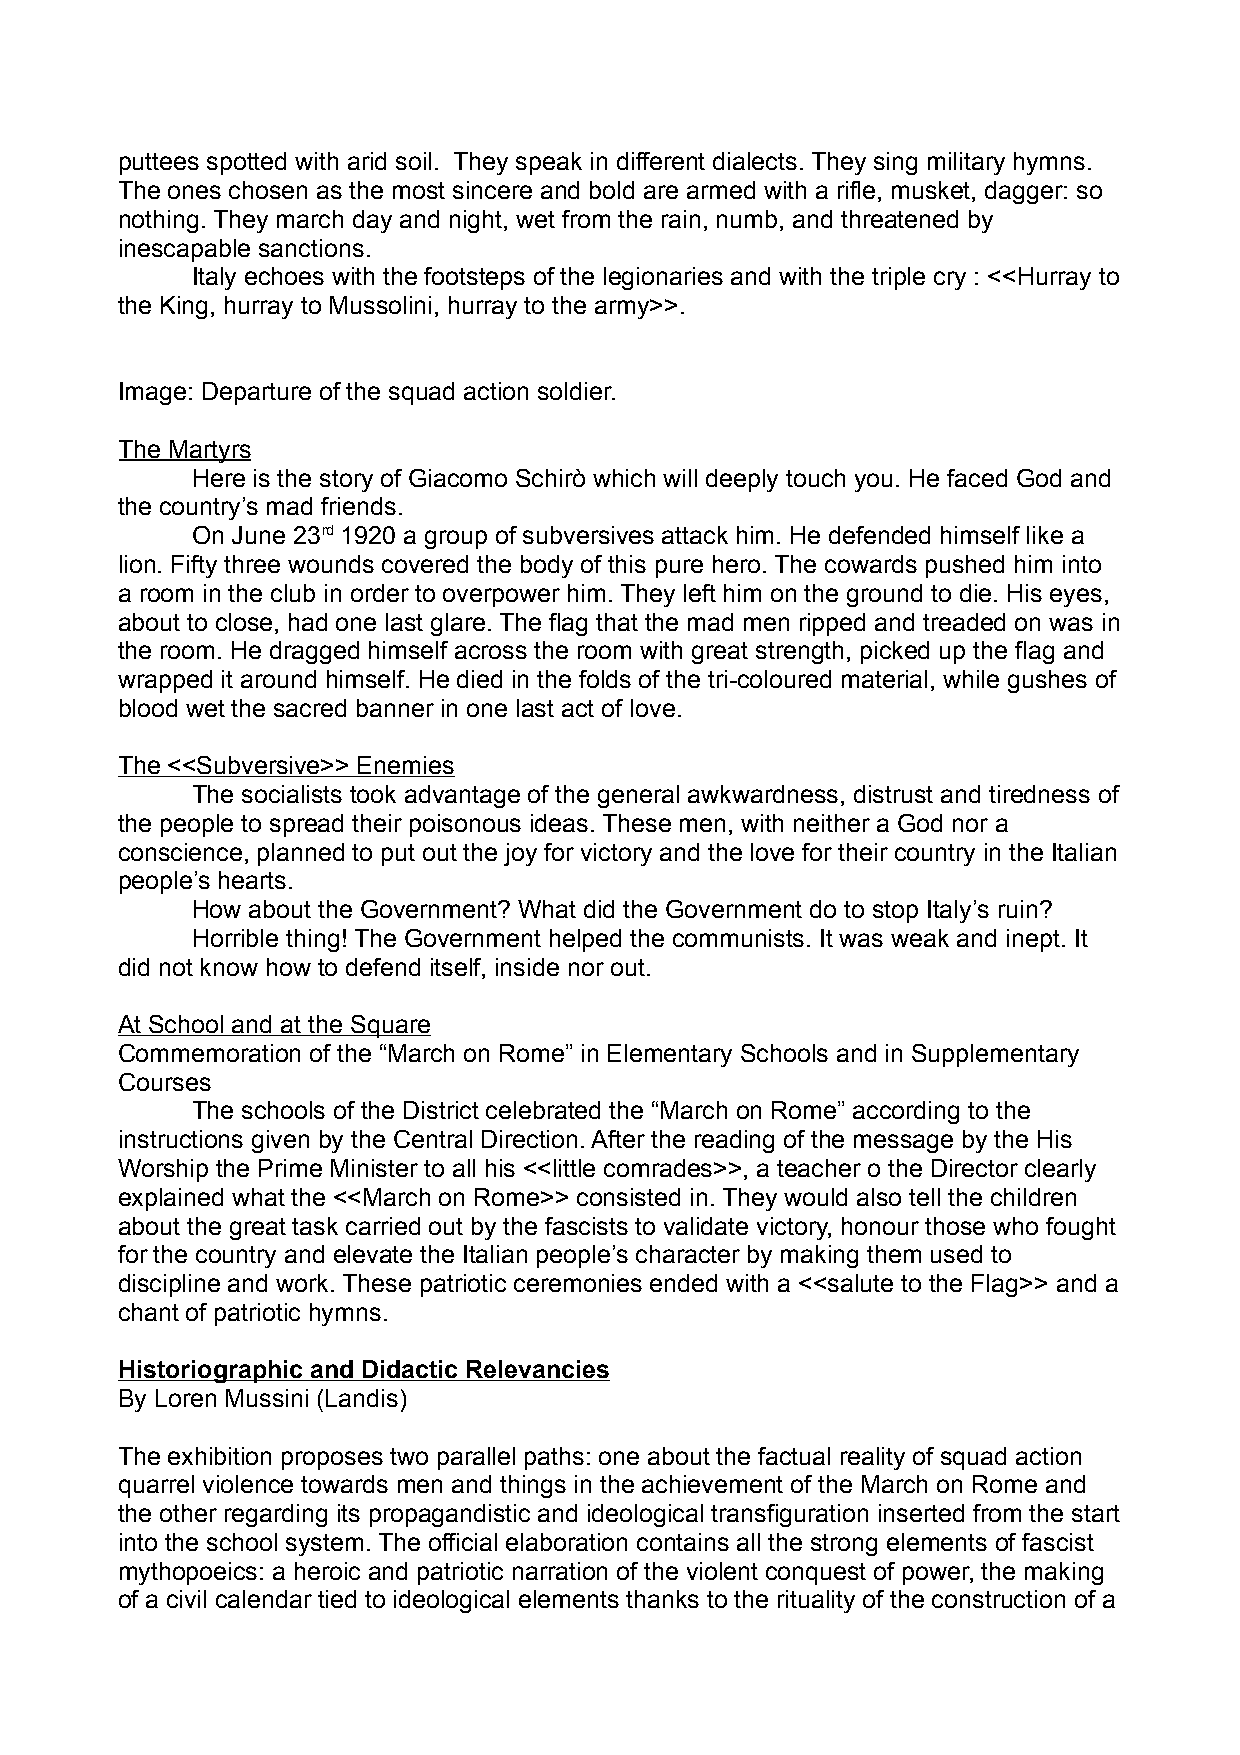
puttees spotted with arid soil. They speak in different dialects. They sing military hymns.
 The ones chosen as the most sincere and bold are armed with a rifle, musket, dagger: so
 nothing. They march day and night, wet from the rain, numb, and threatened by
 inescapable sanctions.
 Italy echoes with the footsteps of the legionaries and with the triple cry : <<Hurray to
 the King, hurray to Mussolini, hurray to the army>>.
 Image: Departure of the squad action soldier.
 The Martyrs
 Here is the story of Giacomo Schirò which will deeply touch you. He faced God and
 the country’s mad friends.
 On June 23rd 1920 a group of subversives attack him. He defended himself like a
 lion. Fifty three wounds covered the body of this pure hero. The cowards pushed him into
 a room in the club in order to overpower him. They left him on the ground to die. His eyes,
 about to close, had one last glare. The flag that the mad men ripped and treaded on was in
 the room. He dragged himself across the room with great strength, picked up the flag and
 wrapped it around himself. He died in the folds of the tri-coloured material, while gushes of
 blood wet the sacred banner in one last act of love.
 The <<Subversive>> Enemies
 The socialists took advantage of the general awkwardness, distrust and tiredness of
 the people to spread their poisonous ideas. These men, with neither a God nor a
 conscience, planned to put out the joy for victory and the love for their country in the Italian
 people’s hearts.
 How about the Government? What did the Government do to stop Italy’s ruin?
 Horrible thing! The Government helped the communists. It was weak and inept. It
 did not know how to defend itself, inside nor out.
 At School and at the Square
 Commemoration of the “March on Rome” in Elementary Schools and in Supplementary
 Courses
 The schools of the District celebrated the “March on Rome” according to the
 instructions given by the Central Direction. After the reading of the message by the His
 Worship the Prime Minister to all his <<little comrades>>, a teacher o the Director clearly
 explained what the <<March on Rome>> consisted in. They would also tell the children
 about the great task carried out by the fascists to validate victory, honour those who fought
 for the country and elevate the Italian people’s character by making them used to
 discipline and work. These patriotic ceremonies ended with a <<salute to the Flag>> and a
 chant of patriotic hymns.
 Historiographic and Didactic Relevancies
 By Loren Mussini (Landis)
 The exhibition proposes two parallel paths: one about the factual reality of squad action
 quarrel violence towards men and things in the achievement of the March on Rome and
 the other regarding its propagandistic and ideological transfiguration inserted from the start
 into the school system. The official elaboration contains all the strong elements of fascist
 mythopoeics: a heroic and patriotic narration of the violent conquest of power, the making
 of a civil calendar tied to ideological elements thanks to the rituality of the construction of a